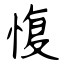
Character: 愎